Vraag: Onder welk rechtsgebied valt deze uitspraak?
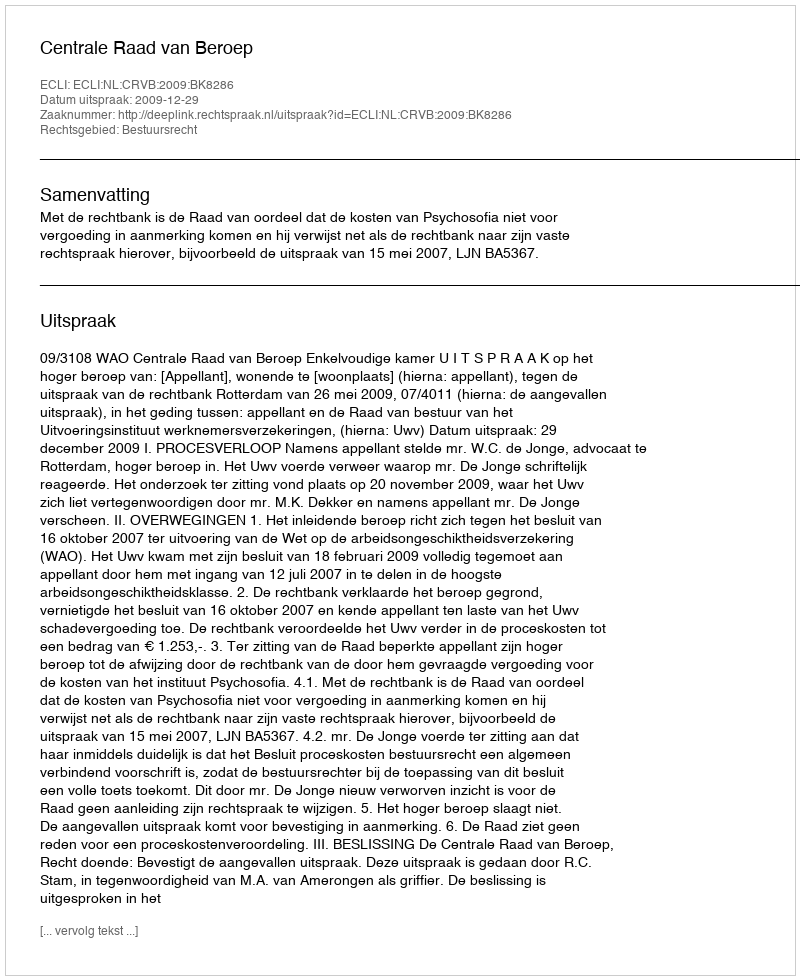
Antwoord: Bestuursrecht